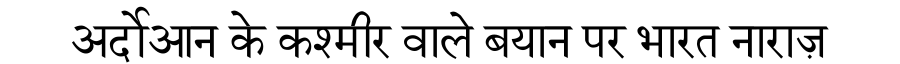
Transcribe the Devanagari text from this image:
अर्दोआन के कश्मीर वाले बयान पर भारत नाराज़